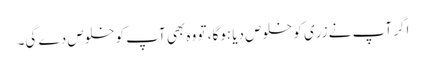
اگر آپ نے زری کو خلوص دیا ہوگا، تو وہ بھی آپ کو خلوص دے گی۔